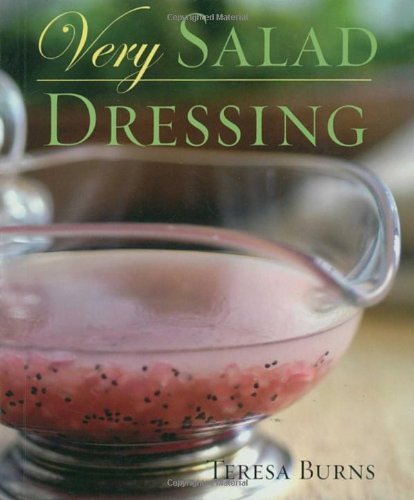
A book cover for Very Salad Dressing; Teresa Burns; Cookbooks, Food & Wine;